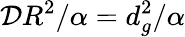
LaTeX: \mathcal{D}R^{2}/\alpha=d_{g}^{2}/\alpha